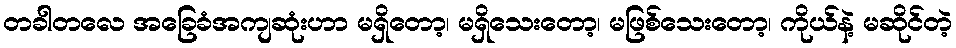
တခါတလေ အခြေခံအကျဆုံးဟာ မရှိတော့၊ မရှိသေးတော့၊ မဖြစ်သေးတော့၊ ကိုယ်နဲ့ မဆိုင်တဲ့